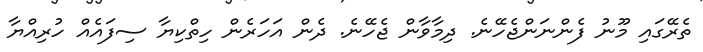
ތެރޭގައި މޫނު ފެންނަންޖެހޭނެ. ދިމާވާން ޖެހޭނެ. ދެން އަހަރެން ހިތްކިޔާ ސިފައެއް ހުރިއްޔާ